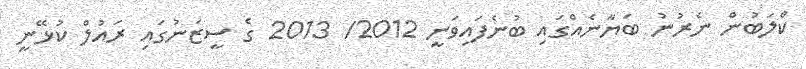
ކްލަބުން ނެރުނު ބަޔާނެއްގައި ބުނެފައިވަނީ 2012/ 2013 ގެ ސީޒަނުގައި ރައުލް ކުޅޭނީ